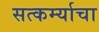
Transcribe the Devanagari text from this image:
सत्कर्म्याचा